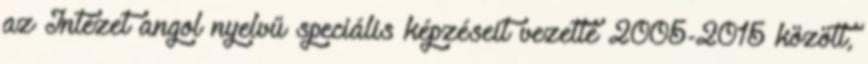
az Intézet angol nyelvű speciális képzéseit vezette 2005-2015 között,